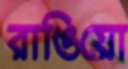
রাঙিয়ো